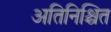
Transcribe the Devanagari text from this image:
अतिनिश्चित